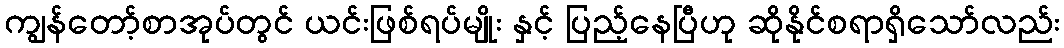
ကျွန်တော့်စာအုပ်တွင် ယင်းဖြစ်ရပ်မျိုး နှင့် ပြည့်နေပြီဟု ဆိုနိုင်စရာရှိသော်လည်း